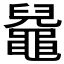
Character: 𪓬